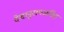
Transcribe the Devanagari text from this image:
देशानुरागजनित